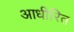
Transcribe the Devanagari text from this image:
आधीरित